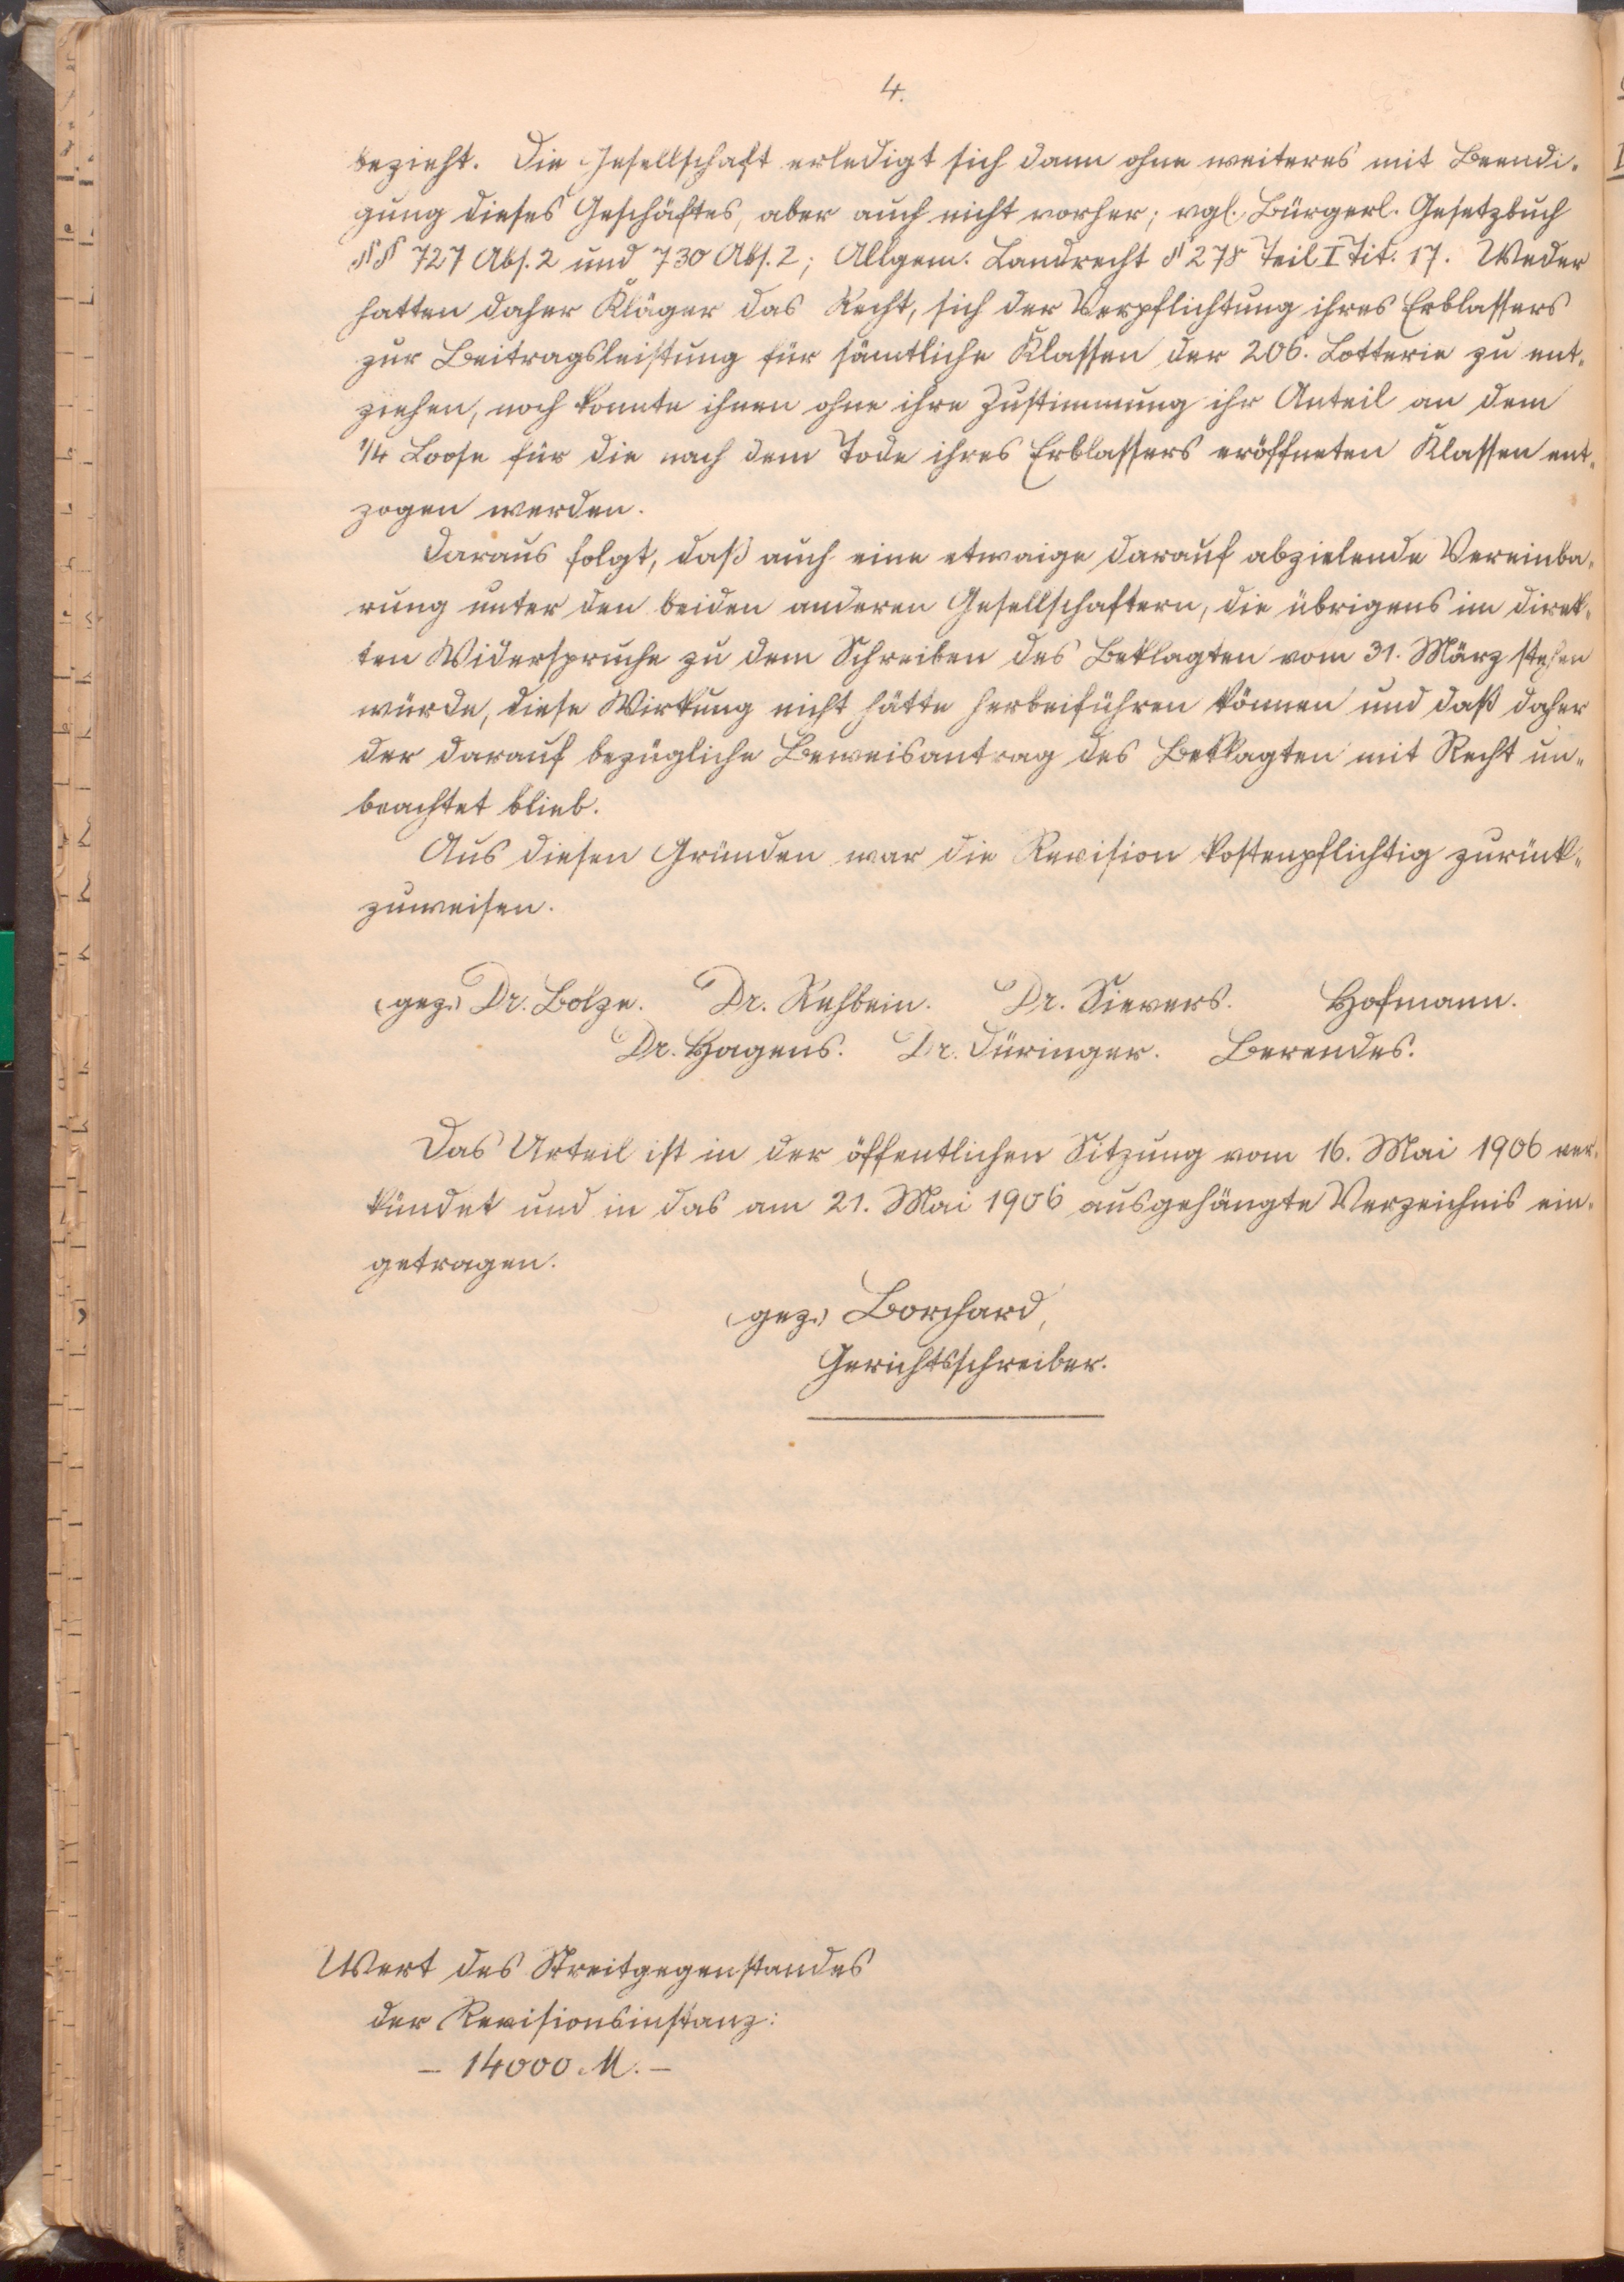
4.

bezieht. Die Gesellschaft erledigt sich dann ohne weiteres mit Beendi¬
gung dieses Geschäftes, aber auch nicht vorher; vgl. Bürgerl. Gesetzbuch
§§ 727 Abs. 2 und 730 Abs. 2; Allgem. Landrecht § 278 Teil I Tit. 17. Weder
hatten daher Kläger das Recht, sich der Verpflichtung ihres Erblassers
zur Beitragsleistung für sämtliche Klassen der 206. Lotterie zu ent¬
ziehen, noch konnte ihnen ohne ihre Zustimmung ihr Anteil an dem
1/4 Lose für die nach dem Tode ihres Erblassers eröffneten Klassen ent¬
zogen werden.
Daraus folgt, daß auch eine etwaige darauf abzielende Vereinba¬
rung unter den beiden anderen Gesellschaftern, die übrigens im direk¬
ten Widerspruche zu dem Schreiben des Beklagten vom 31. März stehen
würde, diese Wirkung nicht hätte herbeiführen können und daß daher
der darauf bezügliche Beweisantrag des Beklagten mit Recht un¬
beachtet blieb.
Aus diesen Gründen war die Revision kostenpflichtig zurück¬
zuweisen.
(gez.) Dr. Bolze. Dr. Rehbein. Dr. Sievers. Hofmann.
Dr. Hagens. Dr. Düringer. Berendes.
Das Urteil ist in der öffentlichen Sitzung vom 16. Mai 1906 ver¬
kündet und in das am 21. Mai 1906 ausgehängte Verzeichnis ein¬
getragen
(gez.) Borchard,
Gerichtsschreiber.

Wert des Streitgegenstandes
der Revisionsinstanz:
- 14000 M. -